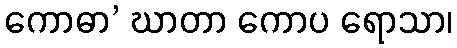
ကောဓာ’ ဃာတာ ကောပ ရောသာ၊